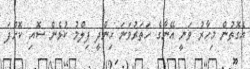
އެގޮތުން މިހާރު ވަނީ އޭނާގެ ހަތަރުވަނަ ހިންދީ ފިލްމު ކުޅެން ސޮއި ކޮށްފަ